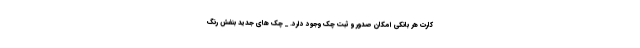
کارت هر بانکی امکان صدور و ثبت چک وجود دارد. _ چک های جدید بنفش رنگ